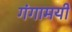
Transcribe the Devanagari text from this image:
गंगामयी